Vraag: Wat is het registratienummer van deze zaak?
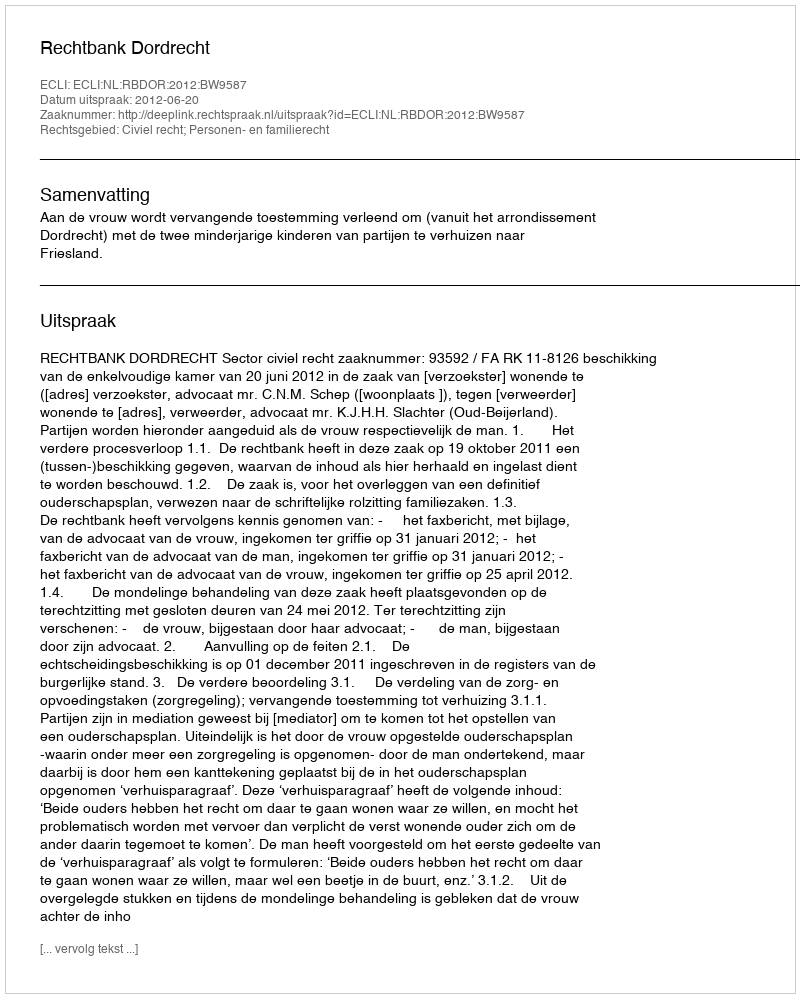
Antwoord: http://deeplink.rechtspraak.nl/uitspraak?id=ECLI:NL:RBDOR:2012:BW9587